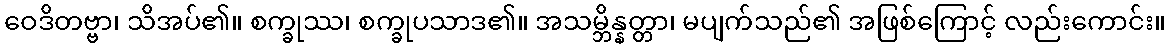
ဝေဒိတဗ္ဗာ၊ သိအပ်၏။ စက္ခုဿ၊ စက္ခုပသာဒ၏။ အသမ္ဘိန္နတ္တာ၊ မပျက်သည်၏ အဖြစ်ကြောင့် လည်းကောင်း။